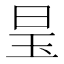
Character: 𪰑